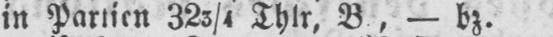
in Partien 323/4 Thlr, B, - bz.